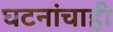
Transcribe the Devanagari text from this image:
घटनांचाही